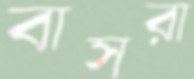
বাসরা